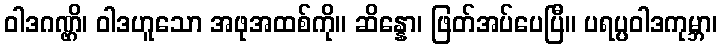
ဝါဒဂဏ္ဌိ၊ ဝါဒဟူသော အဖုအထစ်ကို။ ဆိန္နော၊ ဖြတ်အပ်ပေပြီ။ ပရပ္ပဝါဒကုမ္ဘာ၊